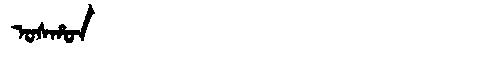
Manchu: ᠣᠰᡥᠣᠨ
Romanization: OSHON